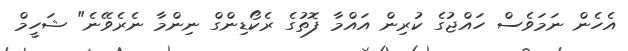
އެހެން ނަމަވެސް ހައްޖުގެ ކުރިން އައްމާ ފޮތުގެ ރެކޯޑިންގް ނިންމާ ނެރެވޭނެ" ޝަހީމް